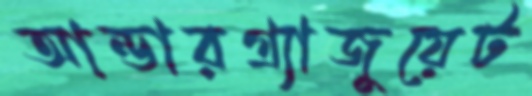
আন্ডারগ্র্যাজুয়েট